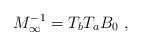
LaTeX: \begin{align*}M_\infty^{-1} = T_b T_a B_0\ ,\end{align*}